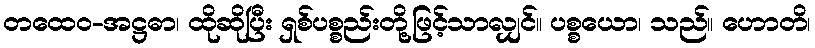
တထေဝ-အဋ္ဌဓာ၊ ထိုဆိုပြီး ရှစ်ပစ္စည်းတို့ဖြင့်သာလျှင်။ ပစ္စယော၊ သည်။ ဟောတိ၊